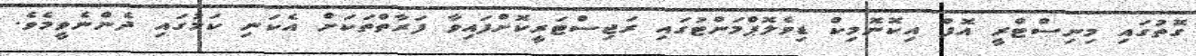
ގޮތުގައި މިނިސްޓްރީ އޮފް އިކޮނޮމިކް ޑިވެލޮޕްމަންޓުގައި ރަޖިސްޓަރީކޮށްފައިވާ ފަރާތްތަކަށް އެކަނި ކަމުގައި ދެންނެވީމެވެ.